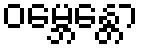
ဝမ္ဘေန္တော